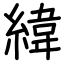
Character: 緯